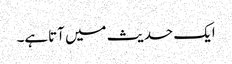
ایک حدیث میں آتاہے۔